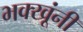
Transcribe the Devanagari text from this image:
भक्खूंनी